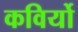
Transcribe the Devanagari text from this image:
कविर्यो